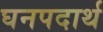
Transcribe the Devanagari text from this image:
घनपदार्थ